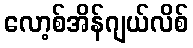
လော့စ်အိန်ဂျယ်လိစ်